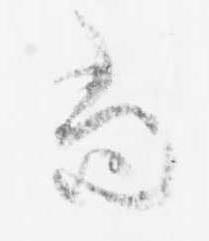
尚